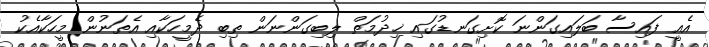
އެއީ ފައިސާ ބަލައިގަންނަ ކޮށިގަނޑުގައި ޚިދުމަތް ލިބިގަންނަން ތިބި ދެމީހަކާއި އެތަނުން މީހަކާއެކު